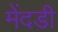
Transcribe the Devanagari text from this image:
मेंदडी